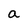
Character: a